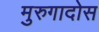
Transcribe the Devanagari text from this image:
मुरुगादोस